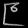
Digit: ၉